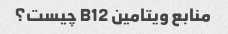
منابع ویتامین B12 چیست؟